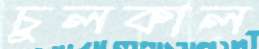
চুলকাল